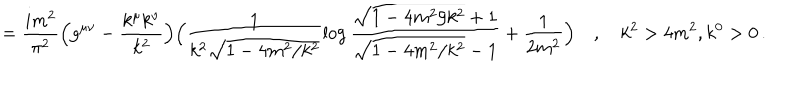
= \frac { i m ^ { 2 } } { \pi ^ { 2 } } \Bigl ( g ^ { \mu \nu } - \frac { k ^ { \mu } k ^ { \nu } } { k ^ { 2 } } \Bigr ) \Bigl ( \frac { 1 } { k ^ { 2 } \sqrt { 1 - 4 m ^ { 2 } / k ^ { 2 } } } \log \frac { \sqrt { 1 - 4 m ^ { 2 } / k ^ { 2 } } + 1 } { \sqrt { 1 - 4 m ^ { 2 } / k ^ { 2 } } - 1 } + \frac { 1 } { 2 m ^ { 2 } } \Bigr ) \quad , \quad k ^ { 2 } > 4 m ^ { 2 } , k ^ { 0 } > 0 \, .